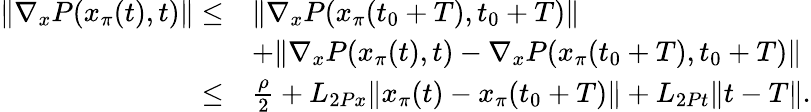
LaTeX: \begin{array}{rl}{\| \nabla_{x}P(x_{\pi}(t),t)\| \le}&{\| \nabla_{x}P(x_{\pi}(t_{0}+T),t_{0}+T)\| }\\ &{+\| \nabla_{x}P(x_{\pi}(t),t)-\nabla_{x}P(x_{\pi}(t_{0}+T),t_{0}+T)\| }\\ {\le}&{\frac{\rho}{2}+L_{2Px}\| x_{\pi}(t)-x_{\pi}(t_{0}+T)\| +L_{2Pt}\| t-T\| .}\end{array}